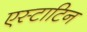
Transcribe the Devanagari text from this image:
एस्टाटिन